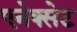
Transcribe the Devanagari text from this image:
एनेक्सेट